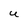
Character: U